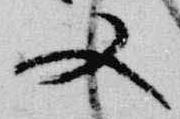
又